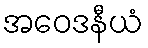
အဝေဒနီယံ